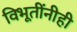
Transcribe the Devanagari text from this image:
विभूतींनीही